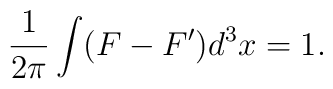
\frac{1}{2 \pi} \int (F - F') d^3x = 1.